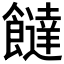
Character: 𩟐